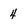
Character: 4